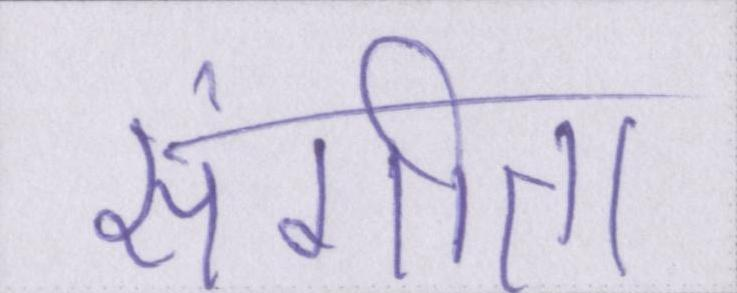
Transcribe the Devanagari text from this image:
संगीता